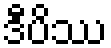
ဒီပိဿ